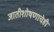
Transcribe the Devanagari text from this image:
जातीशोषणाचेही